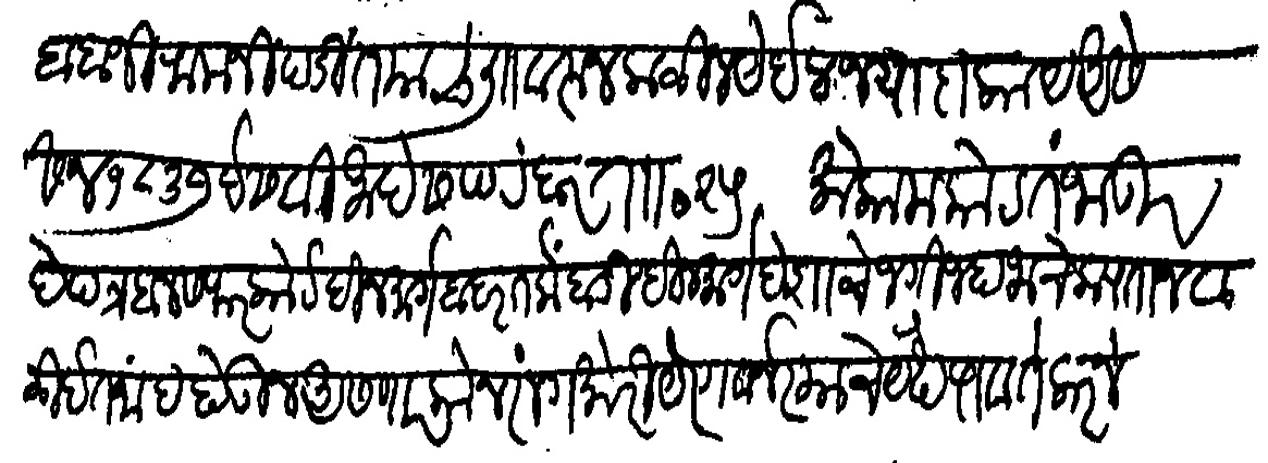
Transliteration (Devanagari): बाबाजी रामजी पंडित यांचे लि वरून कळीन येईल ज्यादा काय असे सन १८३७ इसवी माहे सपटंबर ता २५ मकाम तंजावर हे पत्र बनसफर कोर्ट दीनमार्ग बंदर तर्कबाडी दिनमार्ग देशाचे जंगी जहाजाचे कप्तान व ळीईतनाद होऊ असणार कोनरांग मोरीयेर गर्वनर याचे येथे पावते करणे